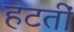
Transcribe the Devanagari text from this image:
हटतीं